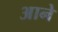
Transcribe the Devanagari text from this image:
अाने